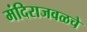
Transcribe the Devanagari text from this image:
मंदिराजवळचे